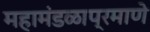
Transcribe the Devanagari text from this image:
महामंडळाप्रमाणे